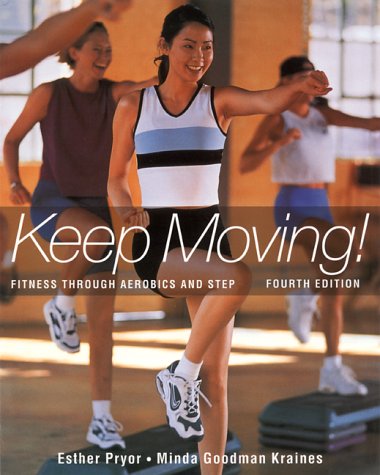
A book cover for Keep Moving: Fitness Through Aerobics and Step; Esther Pryor; Health, Fitness & Dieting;